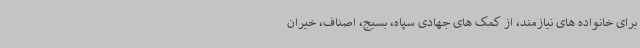
برای خانواده های نیازمند، از کمک های جهادی سپاه، بسیج، اصناف، خیران